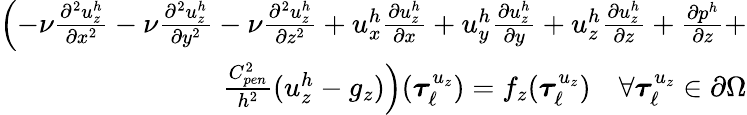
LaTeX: \begin{array}{r}{\left(-\nu\frac{\partial^{2}u_{z}^{h}}{\partial x^{2}}-\nu\frac{\partial^{2}u_{z}^{h}}{\partial y^{2}}-\nu\frac{\partial^{2}u_{z}^{h}}{\partial z^{2}}+u_{x}^{h}\frac{\partial u_{z}^{h}}{\partial x}+u_{y}^{h}\frac{\partial u_{z}^{h}}{\partial y}+u_{z}^{h}\frac{\partial u_{z}^{h}}{\partial z}+\frac{\partial p^{h}}{\partial z}+\right.}\\ {\left.\frac{C_{pen}^{2}}{h^{2}}(u_{z}^{h}-g_{z})\right)(\boldsymbol{\tau}_{\ell}^{u_{z}})=f_{z}(\boldsymbol{\tau}_{\ell}^{u_{z}})\quad\forall\boldsymbol{\tau}_{\ell}^{u_{z}}\in\partial\Omega}\end{array}